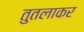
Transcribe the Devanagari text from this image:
तुतलाकर